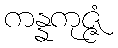
ကန္နကုဇ္ဇံ